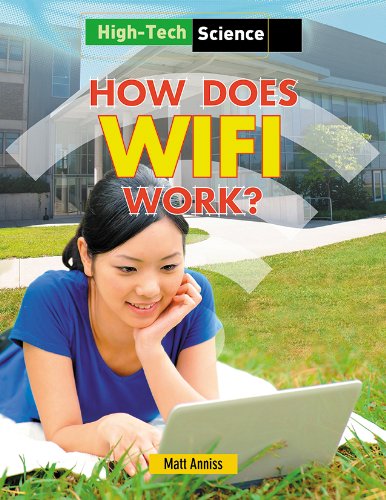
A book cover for How Does Wifi Work? (High-Tech Science); Matt Anniss; Children's Books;